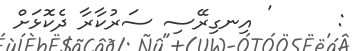
:      ' އިނގިރޭސި ސަރުކާރާ ދެކޮޅަށް